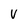
Character: V